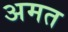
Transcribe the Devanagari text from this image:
अमत